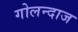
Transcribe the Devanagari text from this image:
गोलन्दाज